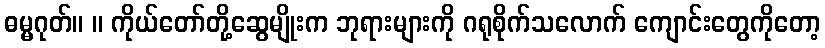
ဓမ္မဂုတ်။ ။ ကိုယ်တော်တို့ဆွေမျိုးက ဘုရားများကို ဂရုစိုက်သလောက် ကျောင်းတွေကိုတော့